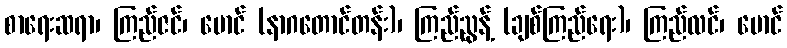
စာရေးဆရာ၊ ကြည်ဇင်၊ မောင် (နာဂတောင်တန်း)၊ ကြည်ညွန့် (ချစ်ကြည်ရေး)၊ ကြည်လင်၊ မောင်